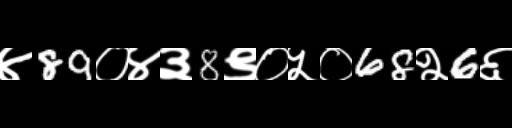
Text: ४89०४३8९०५०68२6६